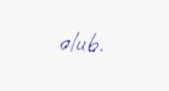
olub.